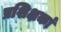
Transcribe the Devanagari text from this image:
प्रशिक्षकां